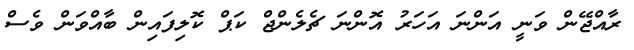
ރާއްޖޭން ވަނީ އަންނަ އަހަރު އޮންނަ ޗެލެންޖް ކަޕް ކޮލިފައިން ބާއްވަން ވެސް